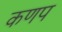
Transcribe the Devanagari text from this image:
कणप